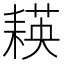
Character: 𦔃